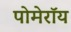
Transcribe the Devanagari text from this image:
पोमेरॉय